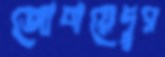
জোবায়েদুর